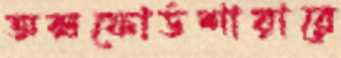
অক্সফোর্ডশায়ারে